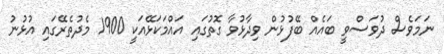
ނަމަވެސް ދުވަސްވީ ބައެއް ބޭފުޅުން ވިދާޅުވާ ގޮތުގައި އައްމަކަޅޭއަކީ 1900 މެދުތެރޭގައި އުޅުނު